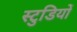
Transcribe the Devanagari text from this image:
स्टुडियों